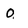
Character: 0